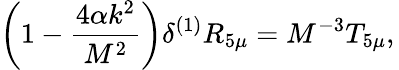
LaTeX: \bigg(1-\frac{4\alpha k^{2}}{M^{2}}\bigg)\delta^{(1)}R_{5\mu}=M^{-3}T_{5\mu},\,